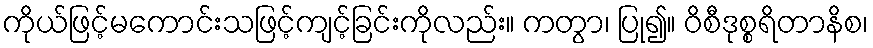
ကိုယ်ဖြင့်မကောင်းသဖြင့်ကျင့်ခြင်းကိုလည်း။ ကတွာ၊ ပြု၍။ ဝိစီဒုစ္စရိတာနိစ၊